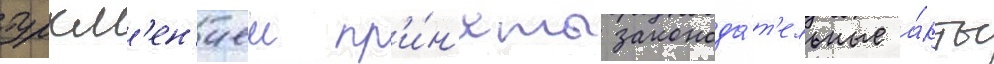
туркм'ен'иеи пр'и́н'яты законода́т'ельные а́кты